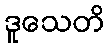
ဒူသေတိ